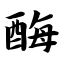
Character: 酶